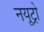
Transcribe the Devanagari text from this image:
नयूट्रो